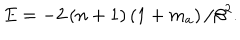
LaTeX: E = - 2 \left( n + 1 \right) \left( 1 + m _ { a } \right) / \beta ^ { 2 } .